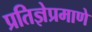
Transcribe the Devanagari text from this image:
प्रतिज्ञेप्रमाणे